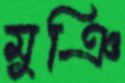
মুঞি